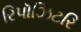
રિપૉઝિટરિ